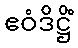
ဧဝံဒိဋ္ဌိံ